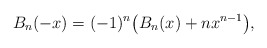
\begin{align*}B_n ( - x) = ( - 1)^n\big(B_n (x) + nx^{n - 1}\big),\end{align*}